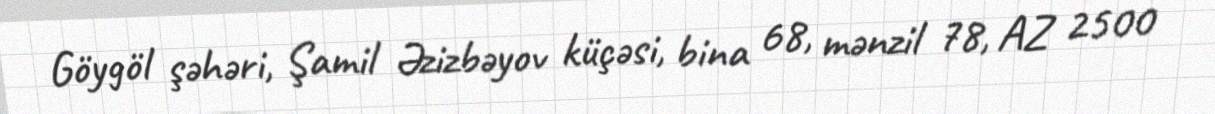
Göygöl şəhəri, Şamil Əzizbəyov küçəsi, bina 68, mənzil 78, AZ 2500